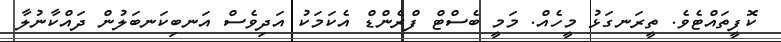
ކޮފީތައްޓެވެ. ތީރަނގަޅު މީހެއް. މަމީ ބެސްޓް ފްރެންޑް އެކަމަކު އަދިވެސް އަނބިކަނބަލުން ދައްކާނުލާ